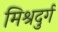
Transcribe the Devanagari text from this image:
मिश्रदुर्ग